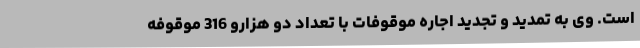
است. وی به تمدید و تجدید اجاره موقوفات با تعداد دو هزارو 316 موقوفه